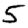
Digit: 5